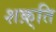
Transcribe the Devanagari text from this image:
शक़्ति